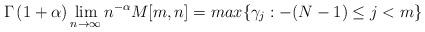
LaTeX: \begin{align*} \Gamma\left(1+\alpha\right) \lim_{n \to \infty} n^{-\alpha}M[m,n] = max\{\gamma_j:-(N-1) \leq j < m \}\end{align*}